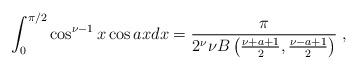
LaTeX: \begin{align*} \int_0^{\pi/2}\cos^{\nu -1}x \cos ax dx={\pi \over 2^\nu \nu B\left ({\nu+a+1 \over 2}, {\nu-a+1 \over 2}\right )}\;,\end{align*}